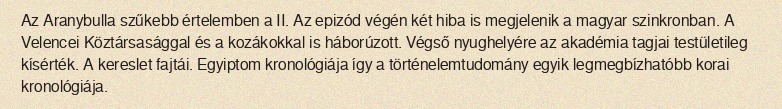
Az Aranybulla szűkebb értelemben a II. Az epizód végén két hiba is megjelenik a magyar szinkronban. A Velencei Köztársasággal és a kozákokkal is háborúzott. Végső nyughelyére az akadémia tagjai testületileg kísérték. A kereslet fajtái. Egyiptom kronológiája így a történelemtudomány egyik legmegbízhatóbb korai kronológiája.